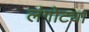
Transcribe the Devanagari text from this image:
लंगोट्या